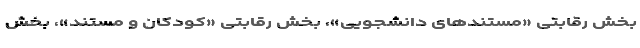
بخش رقابتی «مستندهای دانشجویی»، بخش رقابتی «کودکان و مستند»، بخش